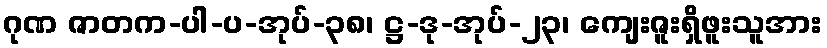
ဂုဏ ဇာတက-ပါ-ပ-အုပ်-၃၈၊ ဋ္ဌ-ဒု-အုပ်-၂၃၊ ကျေးဇူးရှိဖူးသူအား